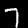
Digit: 7